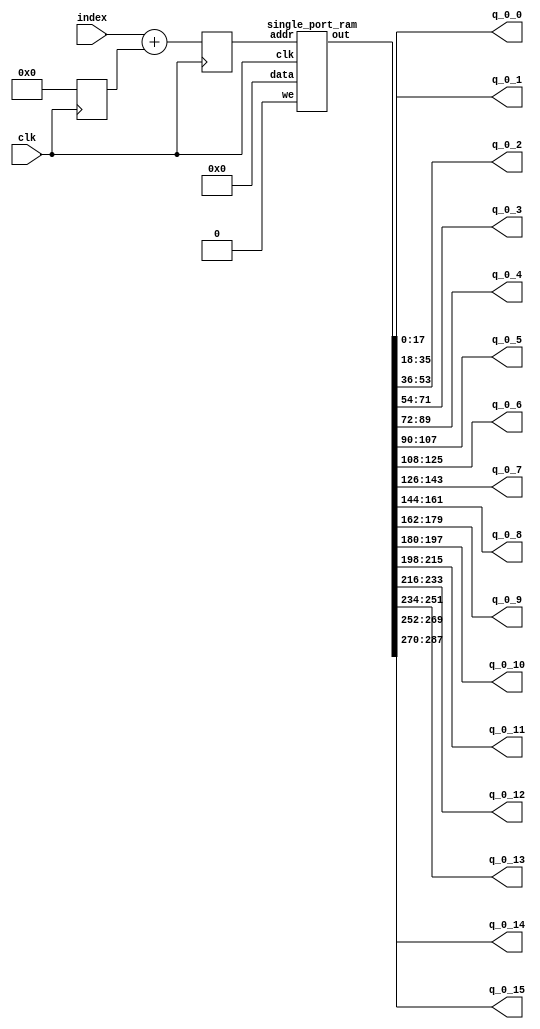
`define SIMULATION_MEMORY

module weight_buffer_18_16_1_64_bi_0 (
	input clk,
	output [17:0] q_0_0,
	output [17:0] q_0_1,
	output [17:0] q_0_2,
	output [17:0] q_0_3,
	output [17:0] q_0_4,
	output [17:0] q_0_5,
	output [17:0] q_0_6,
	output [17:0] q_0_7,
	output [17:0] q_0_8,
	output [17:0] q_0_9,
	output [17:0] q_0_10,
	output [17:0] q_0_11,
	output [17:0] q_0_12,
	output [17:0] q_0_13,
	output [17:0] q_0_14,
	output [17:0] q_0_15,
	input [5:0] index
);

wire [287:0] packed_result_0;
reg [5:0] addrs_0;
reg [5:0] addrs_base_0;

always @ (posedge clk) begin
	addrs_base_0 <= 0;
	addrs_0 <= index + addrs_base_0;
end

wire rom_we;
assign rom_we = 1'b0;

single_port_ram ram_inst_0 (
	.we(rom_we),
	.addr(addrs_0),
	.data(288'd0),
	.out(packed_result_0),
	.clk(clk)
);

// Unpack result
assign q_0_0 = packed_result_0[17:0];
assign q_0_1 = packed_result_0[35:18];
assign q_0_2 = packed_result_0[53:36];
assign q_0_3 = packed_result_0[71:54];
assign q_0_4 = packed_result_0[89:72];
assign q_0_5 = packed_result_0[107:90];
assign q_0_6 = packed_result_0[125:108];
assign q_0_7 = packed_result_0[143:126];
assign q_0_8 = packed_result_0[161:144];
assign q_0_9 = packed_result_0[179:162];
assign q_0_10 = packed_result_0[197:180];
assign q_0_11 = packed_result_0[215:198];
assign q_0_12 = packed_result_0[233:216];
assign q_0_13 = packed_result_0[251:234];
assign q_0_14 = packed_result_0[269:252];
assign q_0_15 = packed_result_0[287:270];

endmodule

module single_port_ram(
clk,
addr,
data,
we,
out
);

parameter DATA_WIDTH = 288;
parameter ADDR_WIDTH = 6;
input clk;
input [ADDR_WIDTH-1:0] addr;
input [DATA_WIDTH-1:0] data;
input we;
output reg [DATA_WIDTH-1:0] out;

reg [DATA_WIDTH-1:0] ram[ADDR_WIDTH-1:0];

always @(posedge clk) begin
  if (we) begin
    ram[addr] <= data;
  end
  else begin
    out <= ram[addr];
  end
end

endmodule